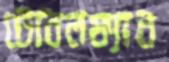
টেবিলফ্যান